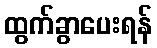
ထွက်ခွာပေးရန်